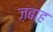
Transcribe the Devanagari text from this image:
ज़बाह